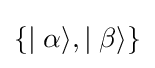
\lbrace \mid \alpha \rangle ,\mid \beta \rangle \rbrace